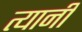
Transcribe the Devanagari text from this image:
त्यानीं